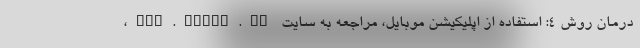
درمان روش ۴: استفاده از اپلیکیشن موبایل، مراجعه به سایت pwa.tamin.ir،